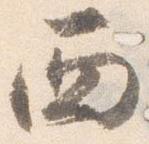
西